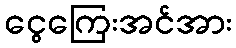
ငွေကြေးအင်အား